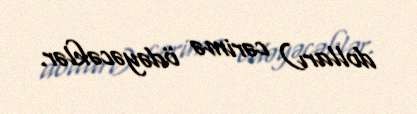
dolları) cərimə ödəyəcəklər.